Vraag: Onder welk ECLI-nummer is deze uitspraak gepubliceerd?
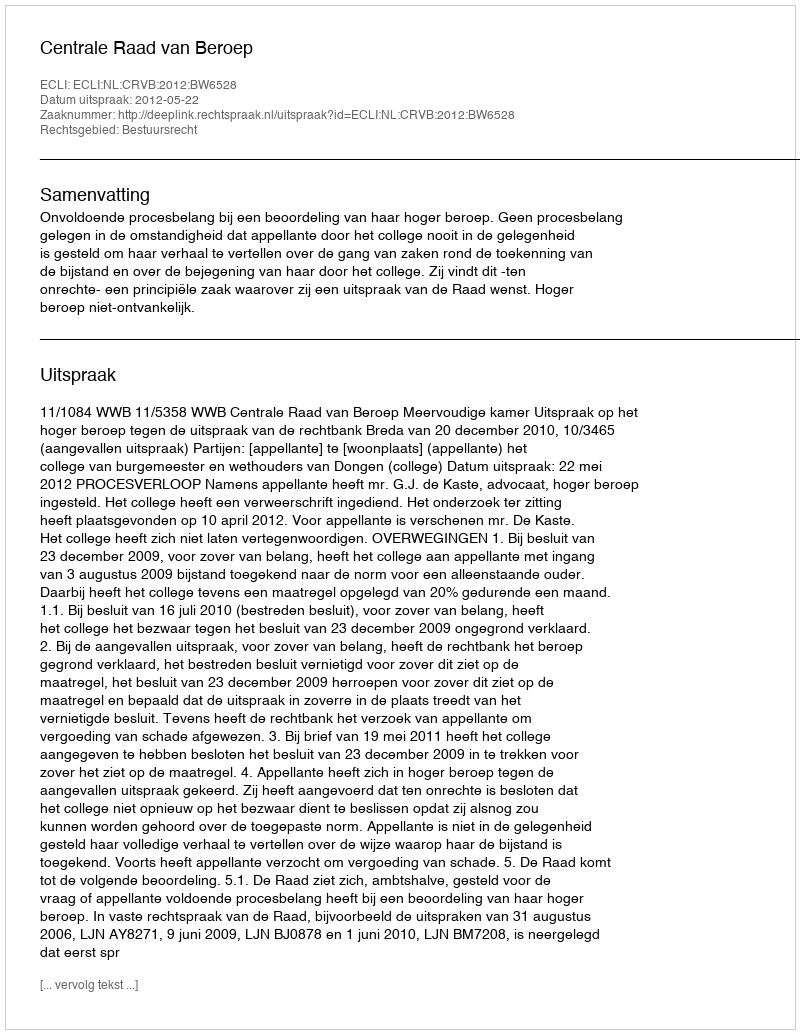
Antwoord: ECLI:NL:CRVB:2012:BW6528